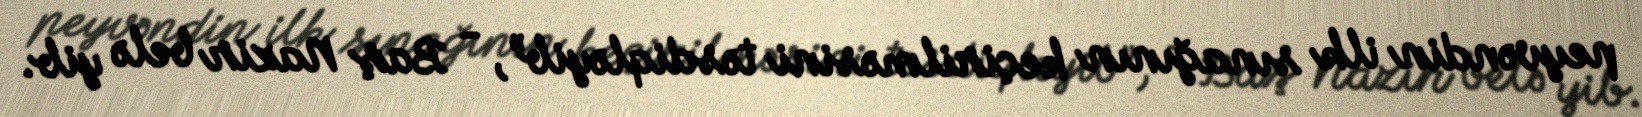
peyvəndin ilk sınağının keçirilməsini təsdiqləyib”, - Baş Nazir belə yib.